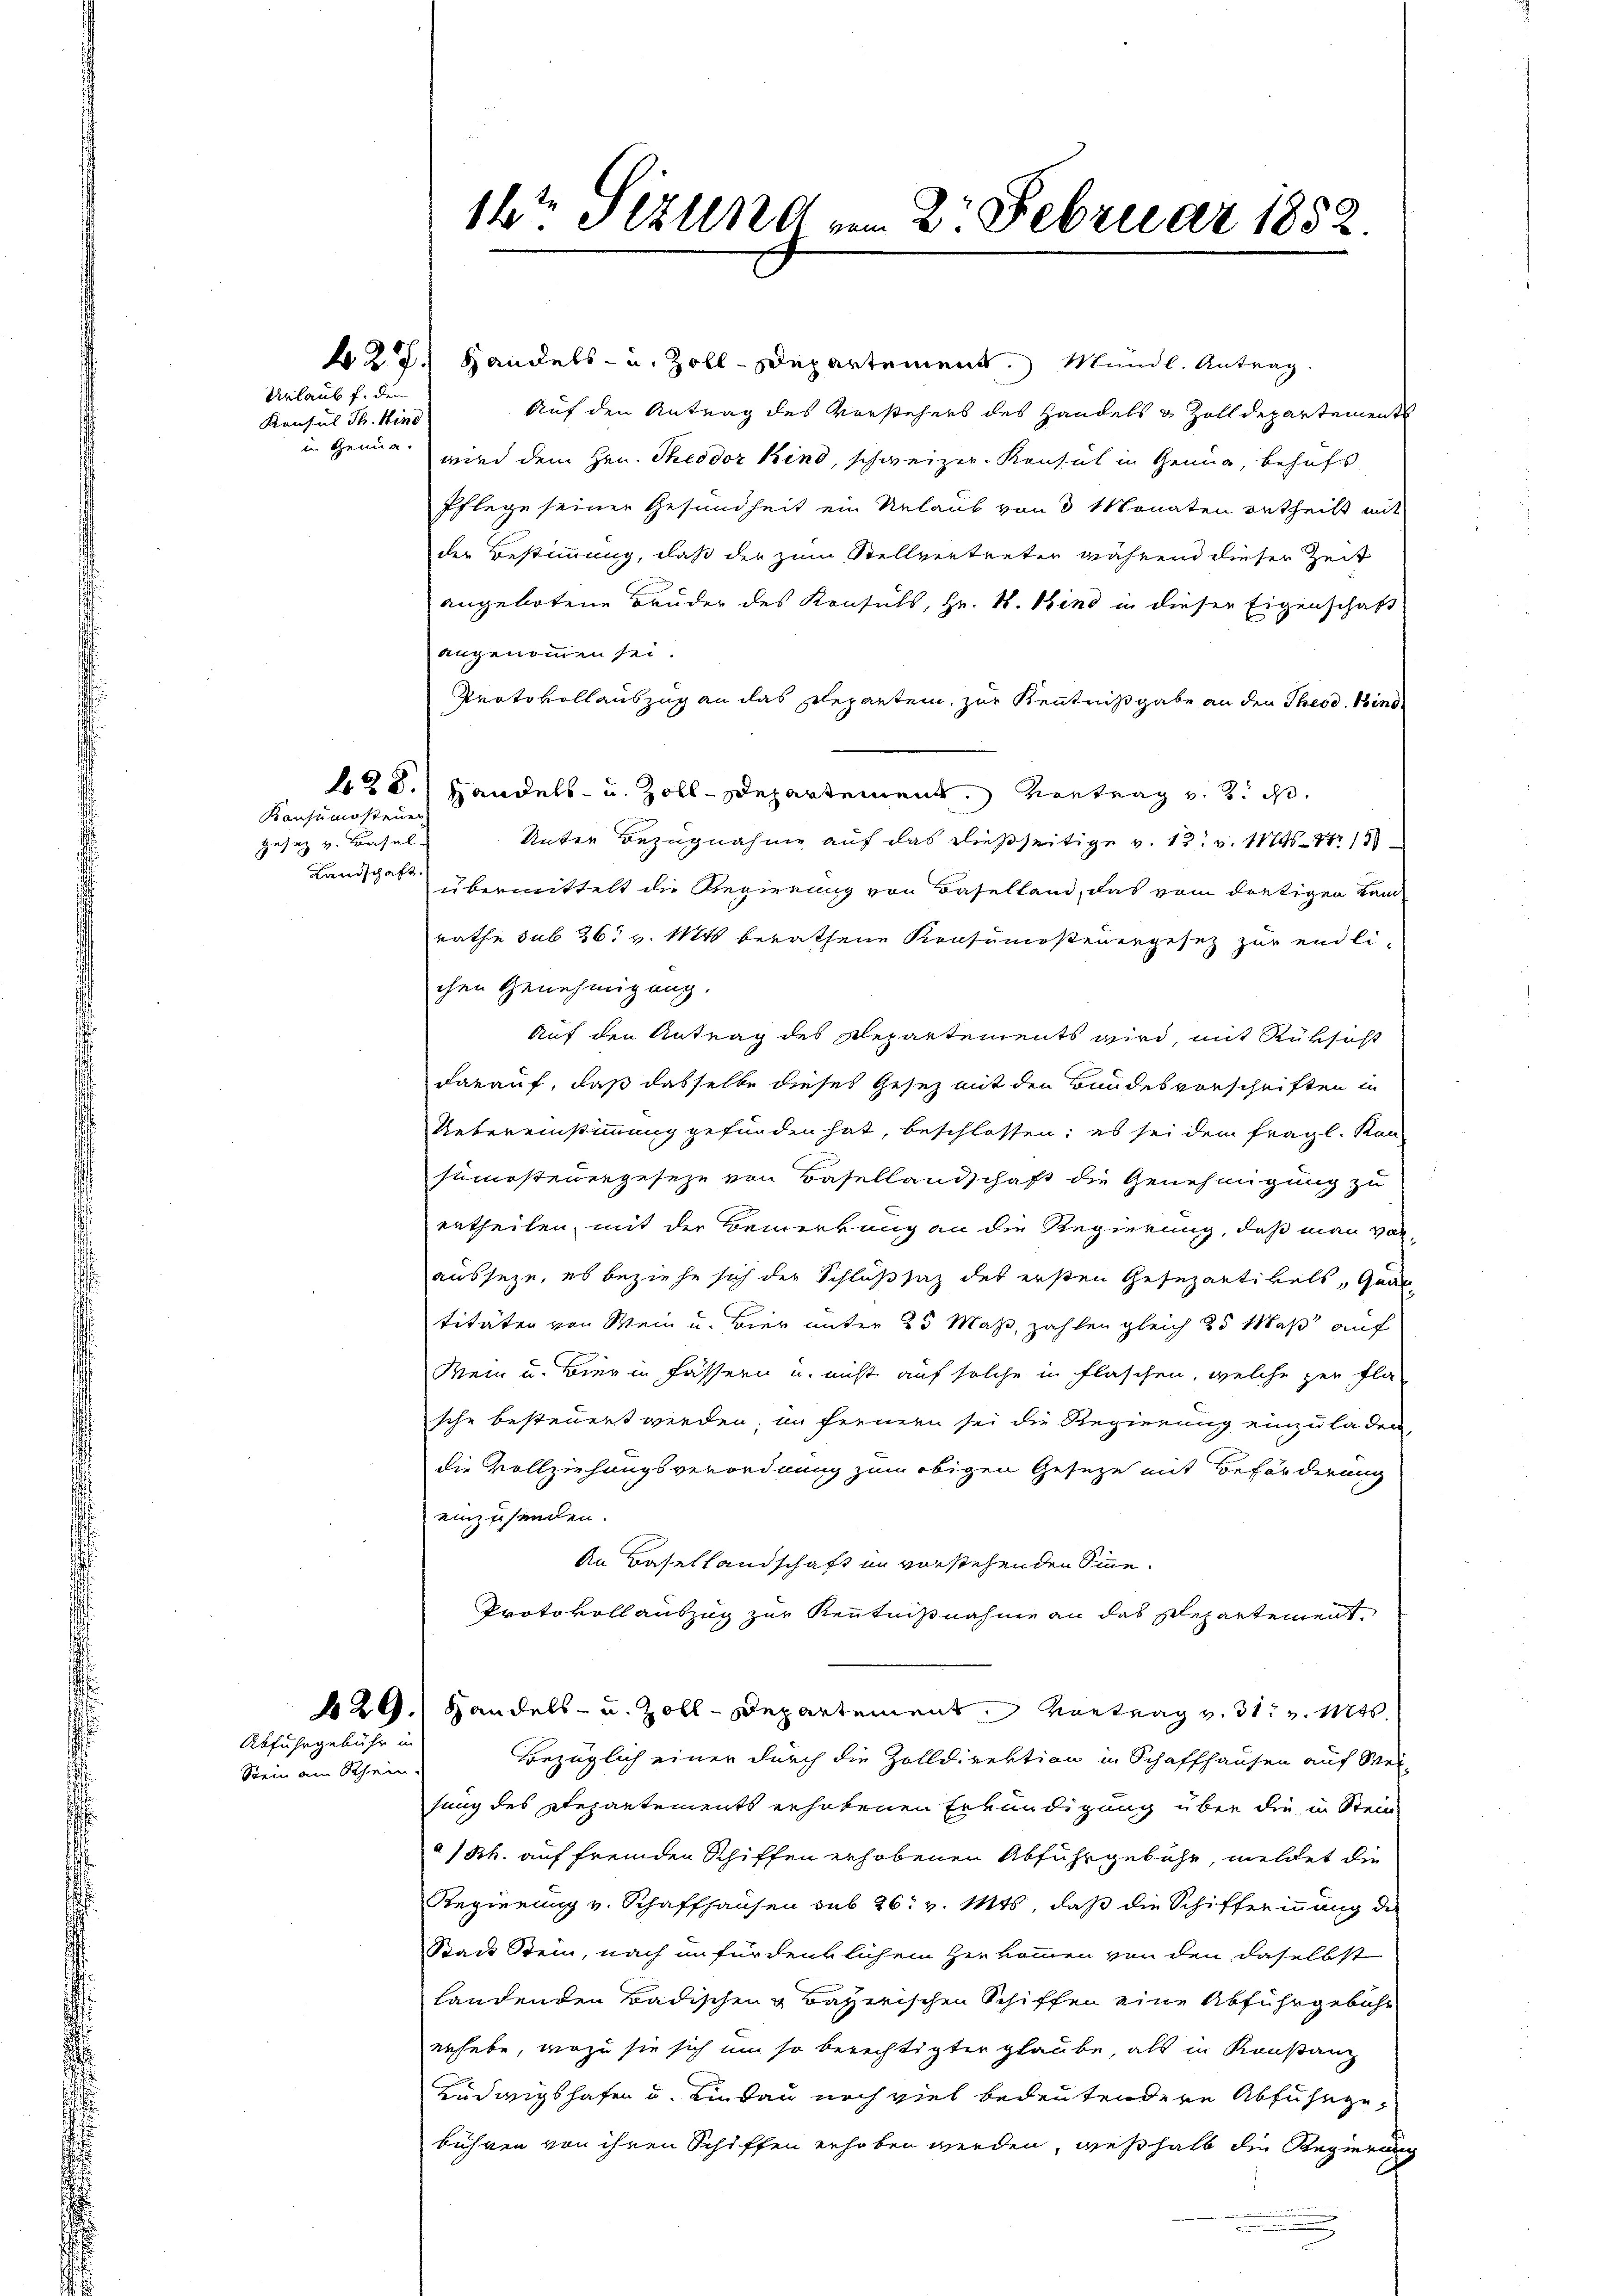
Urlaub f. den
Konsul Th. Kind
in Genua.

428.

Konsumosteuer
Gesetz v. Basel
Landschaft.

Abfuhrgebühr in
Stein am Rhein.

42. 7. Handels- u. Zoll-Departement.) Mandl. Antrag.
Auf den Antrag des Vorstehers des Handels & Zolldepartement
wird dem Hrn. Theodor Kind, schweizer. Konsul in Genug, behufs
Pflege seiner Gesundheit ein Urlaub von 3 Monaten ertheilt mit
der Bestimmung, daß der zum Stellvertreter während dieser Zeit
angebotene Bruder des Konsuls, Hr. W. Bind in dieser Eigenschaft
angenommen sei.
Protokollauszug an das Departem, zur Kenntnißgabe an den Theod. Bind
Handels- u. Zoll-Departement. Vertrag v. 2. ds.
Unter Bezugnahme auf das dießseitige v. 13. v. 11246. 13
übermittelt die Regierung von Baselland, das vom dortigen Kam-
rathe sub 26. v. Mts. berathene Konsumsteuergesetz zur endlichen Genehmigung.
Auf den Antrag des Departements wird, mit Rüksicht
darauf, daß dasselbe dieses Gesez mit den Bundesvorschriften in
Uebereinstimmung gefunden hat, beschlossen; es sei dem fragl. Kan-
sunsteuergeseze von Basellandschaft die Genehmigung zu
ertheilen, mit der Bemerkung an die Regierung, daß man von
ausseze, es beziehe sich der Schlußsatz des ersten Gesezantikels, quan
titäten von Mein u. vier unter 25 Maß, zahlen gleich 25 Maß auf
Mein u. Bier in Fässern u. nicht auf solche in Flaschen, welche zur Fla
sche besteuert werden; im fernern sei die Regierung einzuladen,
die Vollziehungsverordnung zum obigen Geseze mit Beförderung
einzusenden.
An Basellandschaft in vorstehenden Sinne¬
Protokoll auszug zur Kenntnißnahme an das Plepartement,
429.) Handels- u. Zoll-Departement. Vortrag v. 31. v. Mts.
Bezüglich einer durch die Zolldirektion in Schaffhausen auf Mei-
sung des Repartements erhobenen Erkundigung über die in Stein
a/Rh. auf fremden Schiffen erhobenen Abfuhrgebühr, meldet die
Regierung v. Schaffhausen sub 26. v. Mts, daß die Schifferinnung die
Stadt Stein, nach in fürdentlichem Herkommen von den daselbst
handenden Badischen & Bayerischen Schiffen eine Abfuhrgebühr
erhebe, wozu sie sich um so berechtigter glaube, als in Konstanz
Ludwigshafen u. Lindau noch viel bedeutendere Abfuhrgebühren von ihren Schiffen erhoben werden, weßhalb die Regierung

16t Jezung vom 2. Februar 1852.